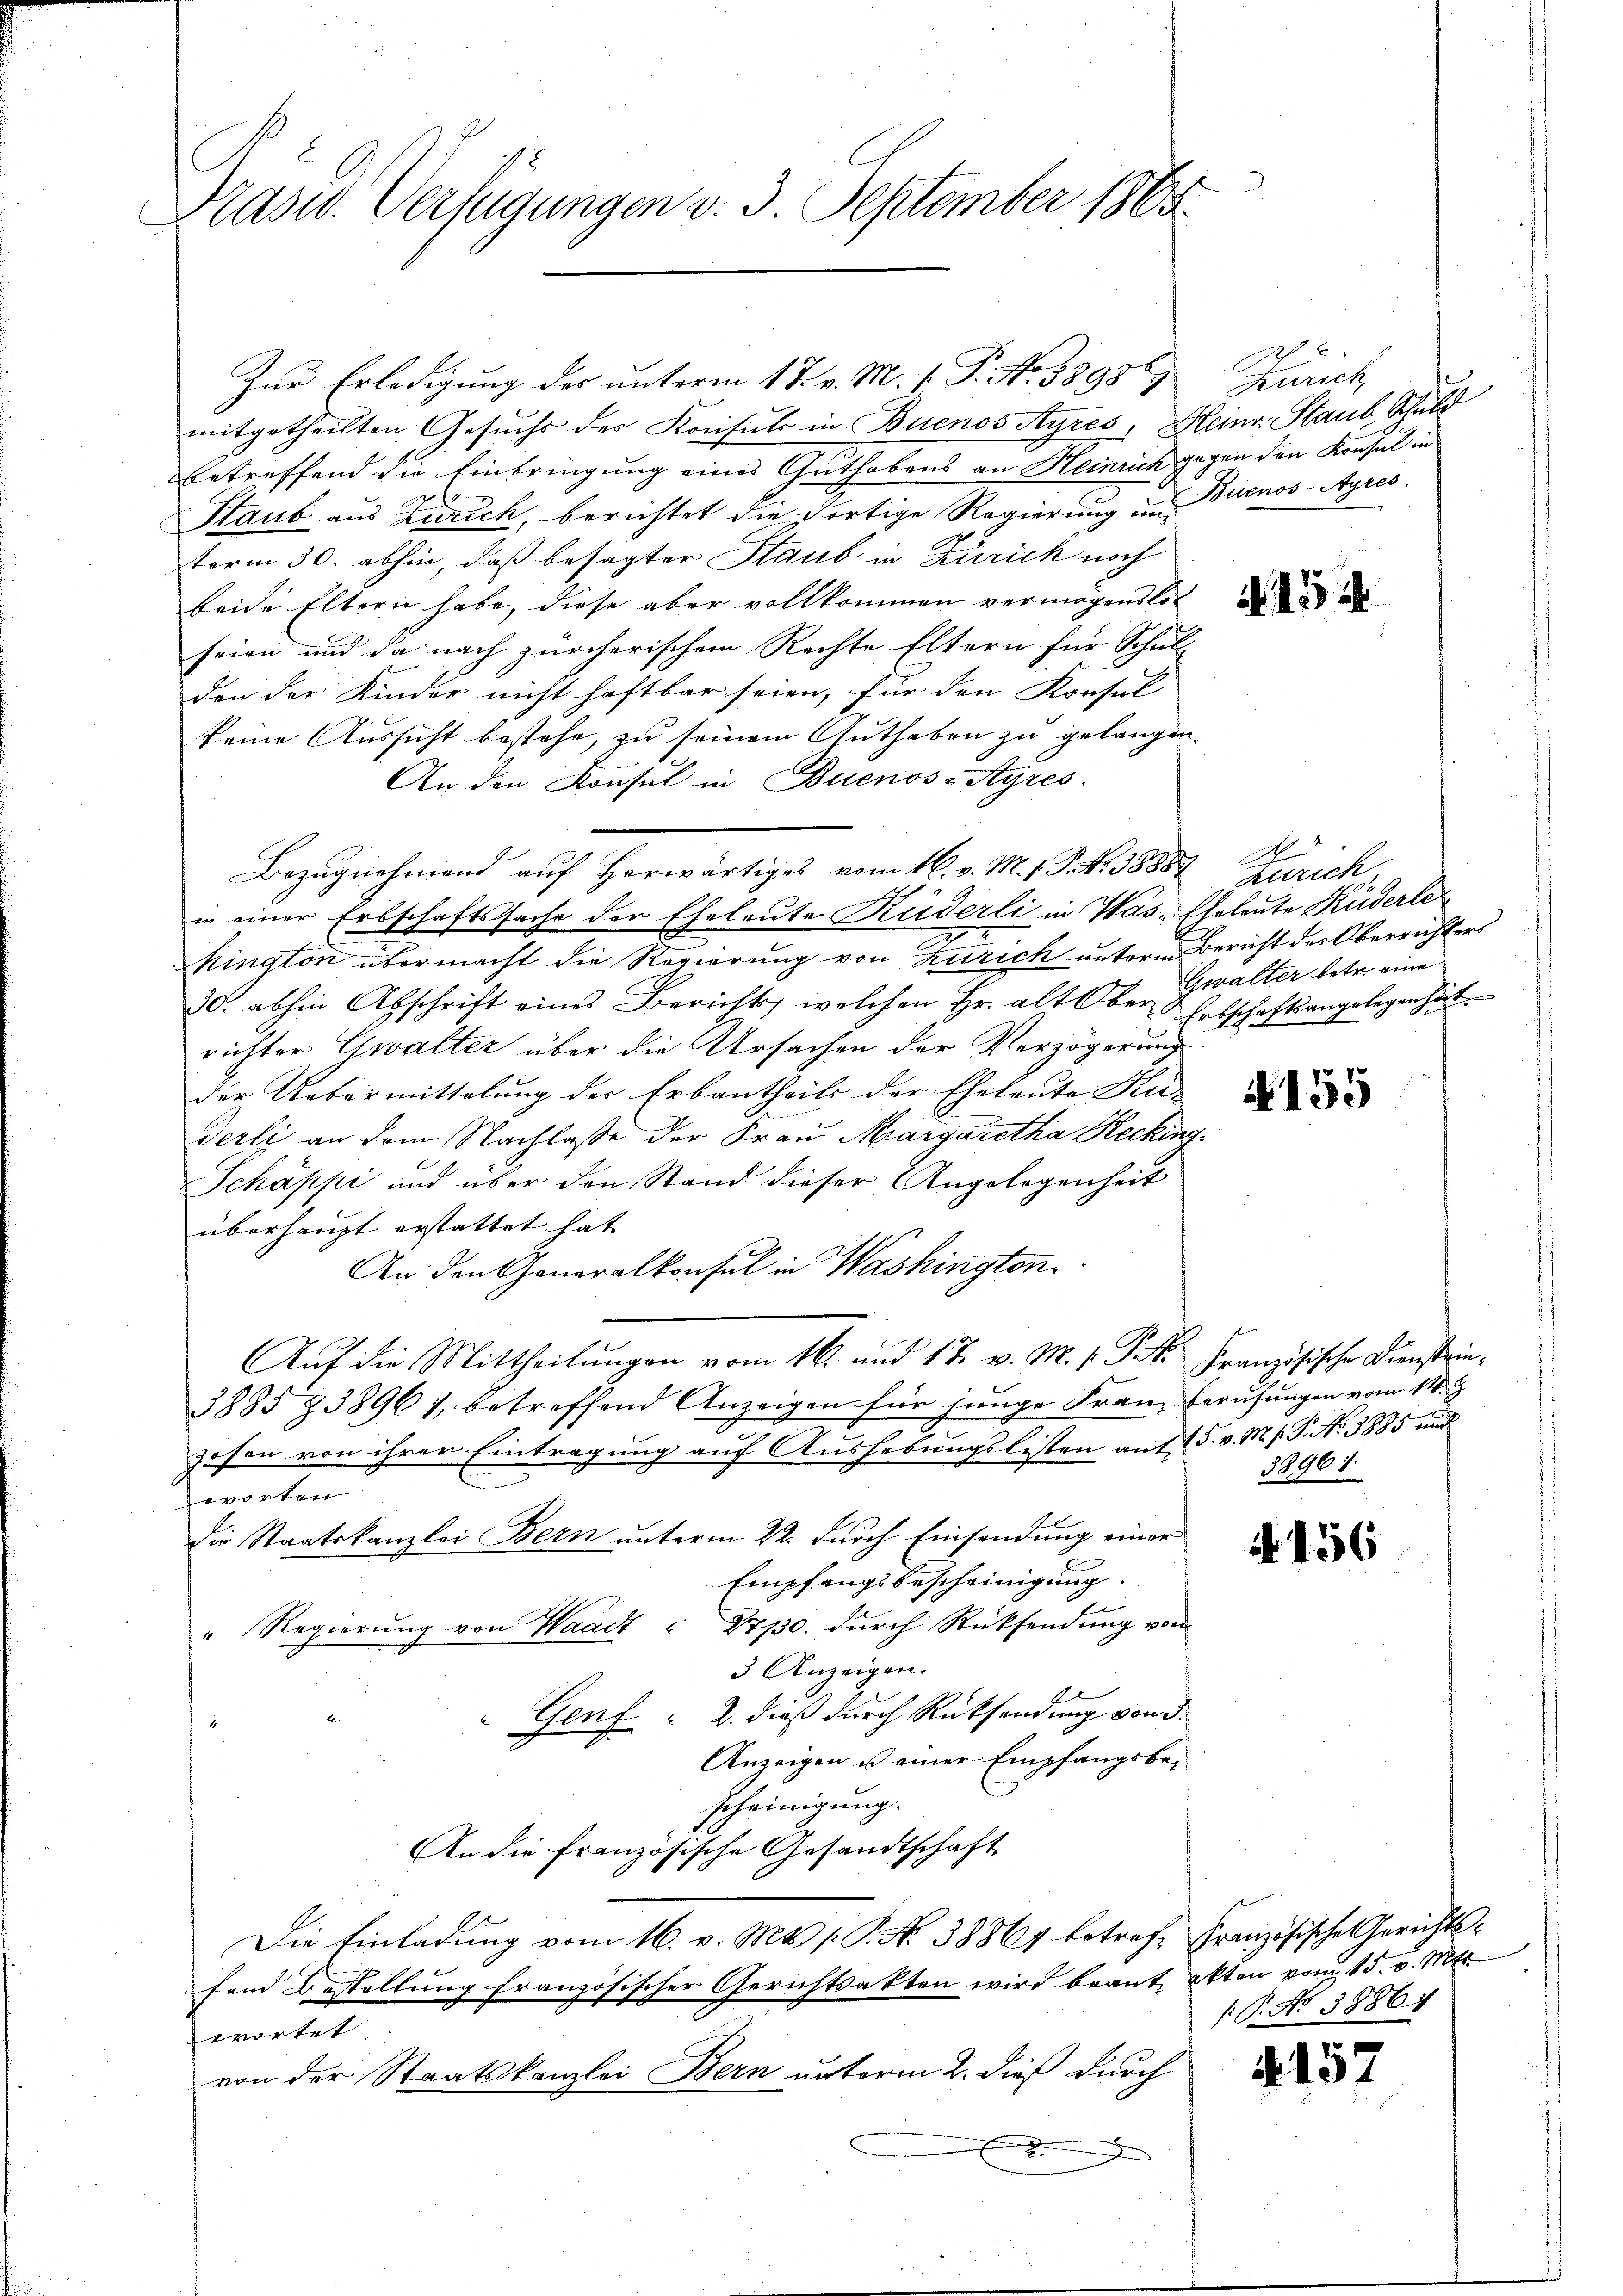
Kasw. Verfügungen v. 3. September 1865.

Zur Erledigung des unterm 17. v. M. 1. P. No 38956;
mitgetheilten Gesuchs des Konsuls in Buenos Ayres, Heinr. Staub, Schuld
betreffend die Einbringung eines Guthabens an Heinrich gegen den Konsul in
Staub aus Zürich, berichtet die dortige Regierung im Buenos-Ayres.
term 30. abhin, daß besagter Staub in Zürich noch
beide Eltern habe, diese aber vollkommen vermögenslos
seien und da nach zürcherischem Rechte Eltern für Schul-
don der Kinder nicht haftbar seien, für den Konsul
keine Aussicht bestehe, zu seinem Guthaben zu gelangen.
An den Konsul in Buenos-Ayres.
Bezugnehmend auf herwärtiges vom 16. v. M. 1. P. Nr. 58889. 4
in einer Erbschaftssache der Eheleute Küderli in Was-Eheleute Küderle
hington übermacht die Regierung von Zürich unterm Bericht des Oberrichters
30. abhin Abschrift eines Berichts, welchen Hr. alt Ober-Erbschaftsangelegen hät
richter Gwalter über die Ursachen der Verzögerung
der Uebermittelung der Erbantheils der Eheleute Kei- |
derli an dem Nachlasse der Frau Margaretha Kecking¬
Schäppi und über den Stand dieser Angelegenheit
überhaupt erstattet hat
An den Generalkonsul in Washington
Aŭf die Mittheilŭngen vom 16. und 17. v. M. v. P. Französische Dienstein¬
3885 § 3896 1, betreffend Anzeigen für junge Frau, Berufungen vom 14. J
zosen von ihrer Eintragung auf Aushebungslisten auf 5. v. M. h. T. N. 3855 und
worten
Die Staatskanzlei Bern unterm 22. durch Einsendung einer
Empfangsbescheinigung.
" Regierung von Waadt - Drp0. durch Rücksendung von
3 Anzeigen.
Genf " 2. dieß durch Rücksendung von 3.
Anzeigen u einer Empfangsbescheinigung.
An die Französische Gesandtschaft
Die Einladŭng vom 16. v. Mts. /: P. No. 38864 betref Französische Gerichts-
fand Bestellung französischer Gerichtsakten wird beant, akten vom 15. v. Mts.
wortet
von der Staatskanzlei Bern unterm 2. dieß durch

2
Zürich

zurich
Gwalter betr. eine

N 155

38961

N. 156

1: P. No 3886)

. 152